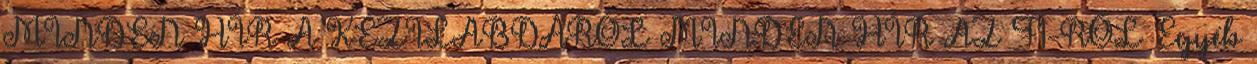
MINDEN HÍR A KÉZILABDÁRÓL MINDEN HÍR AZ F1-RŐL Egyéb